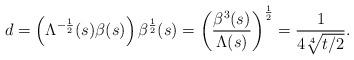
LaTeX: \begin{align*}d=\left( \Lambda^{-\frac{1}{2}}(s)\beta(s)\right) \beta^{\frac{1}{2}}(s)=\left( \frac{\beta^{3}(s)}{\Lambda(s)}\right) ^{\frac{1}{2}}=\frac{1}{4\sqrt[4]{t/2}}.\end{align*}